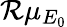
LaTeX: {\mathcal R}\mu_{E_{0}}